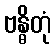
ဗန္ဓိတုံ